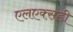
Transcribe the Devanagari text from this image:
एलएक्सडी